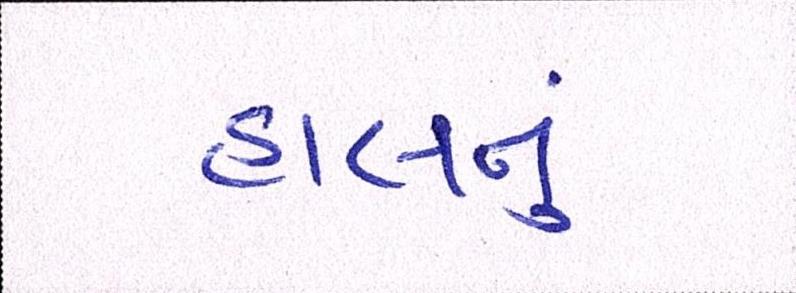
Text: હાલનું